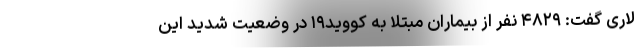
لاری گفت: ۴۸۲۹ نفر از بیماران مبتلا به کووید۱۹ در وضعیت شدید این